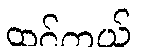
ထင်တယ်